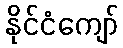
နိုင်ငံကျော်